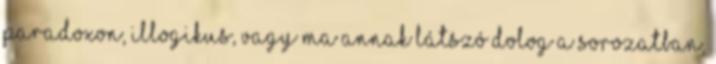
paradoxon, illogikus, vagy ma annak látszó dolog a sorozatban,